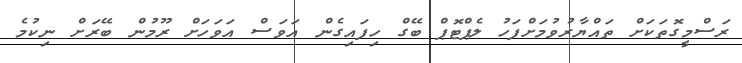
ރަސްމީގޮތަކަށް ތައްޔާރުވުމަށްފަހު ލެޕްޓޮޕް ބޭގް ހިފައިގެން އަވަސް އަވަހަށް ރޫމުން ބޭރަށް ނިކުމެ